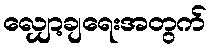
လျှော့ချရေးအတွက်